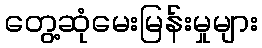
တွေ့ဆုံမေးမြန်းမှုများ